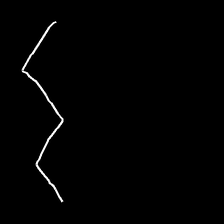
Glyph: crush